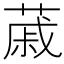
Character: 𦸗